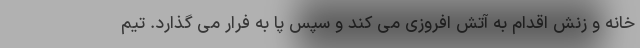
خانه و زنش اقدام به آتش افروزی می کند و سپس پا به فرار می گذارد. تیم